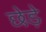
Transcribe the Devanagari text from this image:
छेडे़